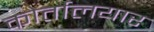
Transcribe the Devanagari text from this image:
कोर्तालयार